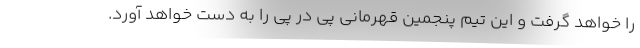
را خواهد گرفت و این تیم پنجمین قهرمانی پی در پی را به دست خواهد آورد.